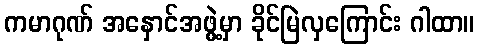
ကမာဂုဏ် အနှောင်အဖွဲ့မှာ ခိုင်မြဲလှကြောင်း ဂါထာ။